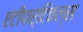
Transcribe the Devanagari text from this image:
एंटीपार्टिकल्स